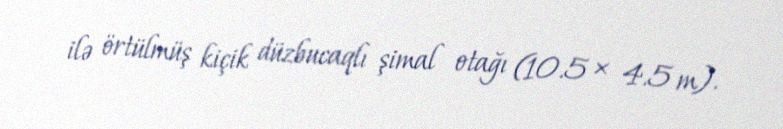
ilə örtülmüş kiçik düzbucaqlı şimal otağı (10.5 × 4.5 m).